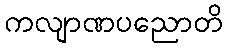
ကလျာဏပညောတိ